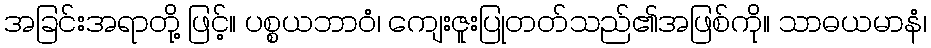
အခြင်းအရာတို့ ဖြင့်။ ပစ္စယဘာဝံ၊ ကျေးဇူးပြုတတ်သည်၏အဖြစ်ကို။ သာဓယမာနံ၊